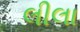
લીલા